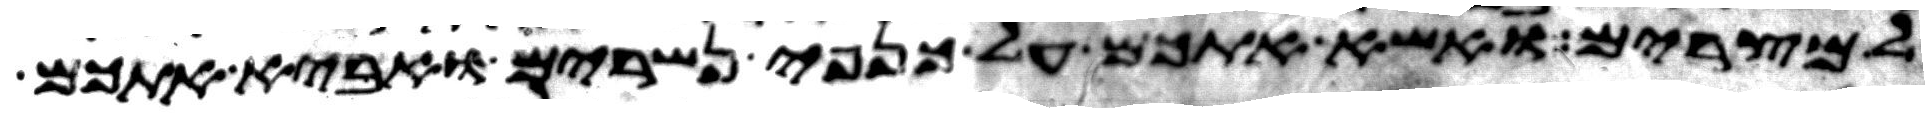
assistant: למצרים ואשא אתכם על כנפי נשרים ואביא אתכם